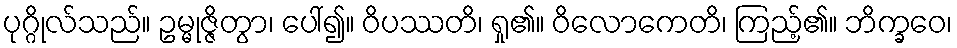
ပုဂ္ဂိုလ်သည်။ ဥမ္မုဇ္ဇိတွာ၊ ပေါ်၍။ ဝိပဿတိ၊ ရှု၏။ ဝိလောကေတိ၊ ကြည့်၏။ ဘိက္ခဝေ၊